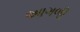
આગળી